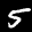
Label: 5